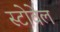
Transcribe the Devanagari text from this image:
स्टोवेल